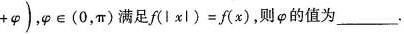
+φ)，φε(0，π)满足f(lx1)=f(x)，则φ的值为____。